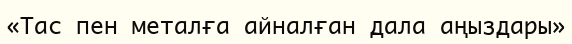
«Тас пен металға айналған дала аңыздары»